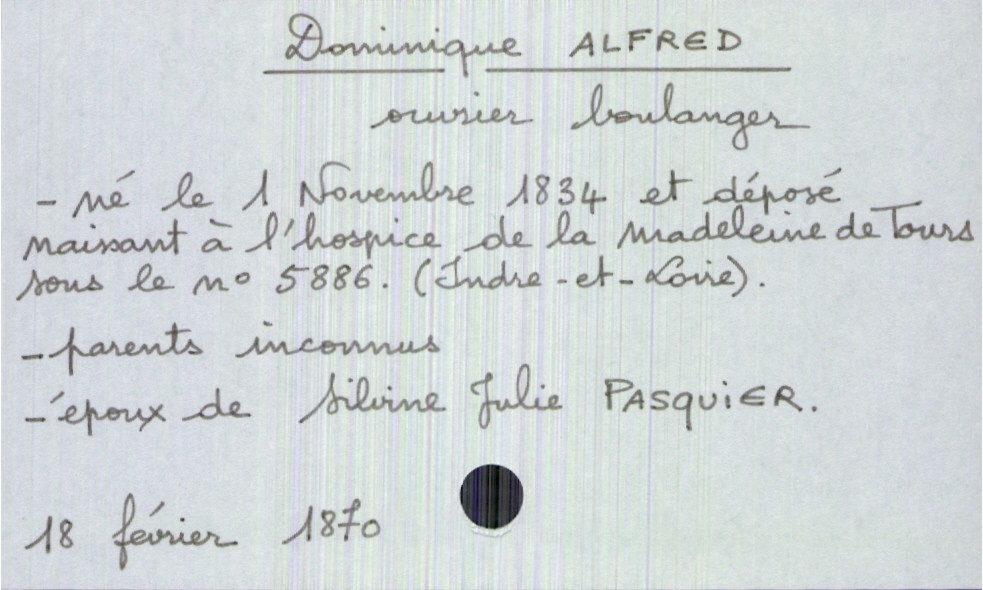
type_acte: Décès
année: 1870
mois: février
jour: 18
observations: parents inconnus
défunt_nom: Alfred
défunt_prénom: Dominique
défunt_sexe: H
défunt_profession: ouvrier boulanger
défunt_date_de_naissance: 1 novembre 1834
défunt_lieu_de_naissance: déposé naissant à l'hospice de la madeleine de Tours sous le n° 5886 (Indre-et-Loire)
défunt_statut: marié(e)